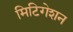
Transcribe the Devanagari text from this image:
मिटिगेशन